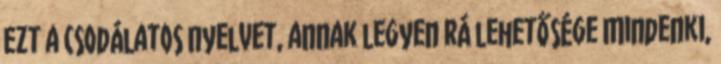
ezt a csodálatos nyelvet, annak legyen rá lehetősége Mindenki,